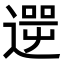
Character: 𨕬